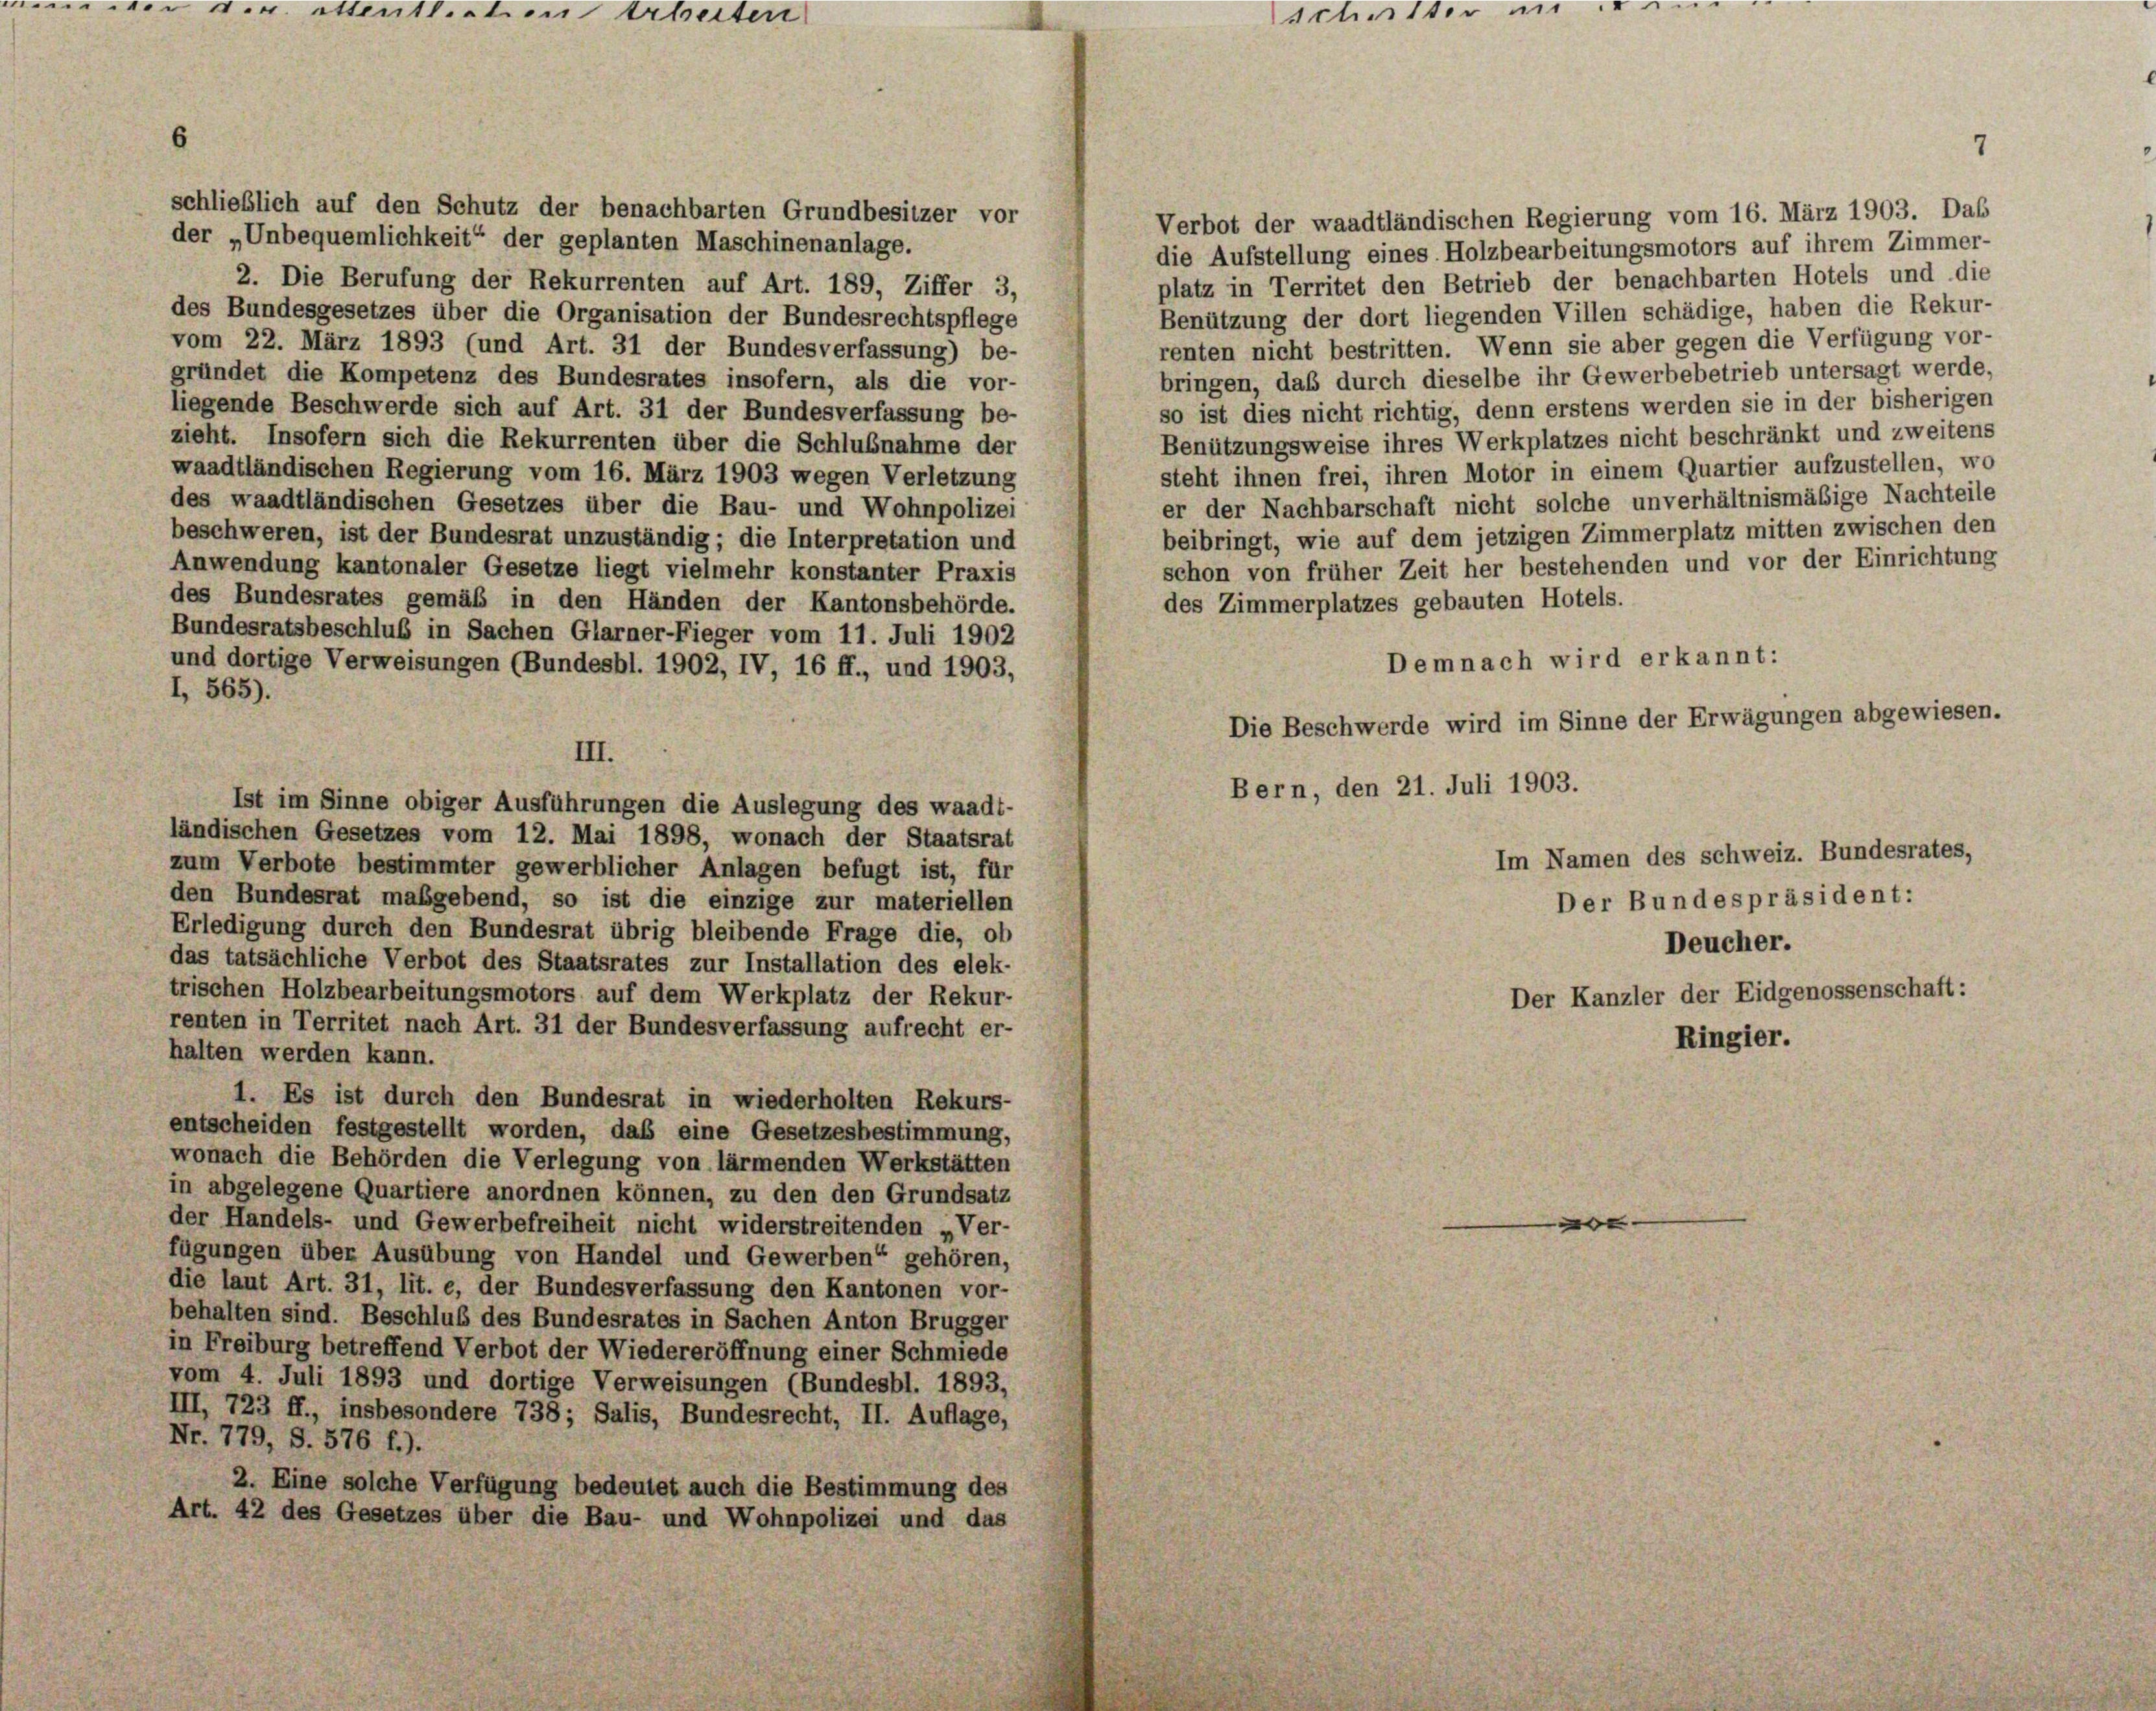
wer d. v. Ettentlichen Erweiten

schließlich auf den Schutz der benachbarten Grundbesitzer vor
Verbot der waadtländischen Regierung vom 16. März 1903. Das
der „Unbequemlichkeit“ der geplanten Maschinenanlage.
die Aufstellung eines Holzbearbeitungsmotors auf ihrem Zimmer-
platz in Territet den Betrieb der benachbarten Hotels und die
2. Die Berufung der Rekurrenten auf Art. 189, Ziffer 3,
Benützung der dort liegenden Villen schädige, haben die Rekur-
des Bundesgesetzes über die Organisation der Bundesrechtspflege
renten nicht bestritten. Wenn sie aber gegen die Verfügung vor-
vom 22. März 1893 (und Art. 31 der Bundesverfassung) be-
bringen, daß durch dieselbe ihr Gewerbebetrieb untersagt werde,
gründet die Kompetenz des Bundesrates insofern, als die vor-
so ist dies nicht richtig, denn erstens werden sie in der bisherigen
liegende Beschwerde sich auf Art. 31 der Bundesverfassung be-
Benützungsweise ihres Werkplatzes nicht beschränkt und zweitens
zieht. Insofern sich die Rekurrenten über die Schlußnahme der
steht ihnen frei, ihren Motor in einem Quartier aufzustellen, wo
waadtländischen Regierung vom 16. März 1903 wegen Verletzung
er der Nachbarschaft nicht solche unverhältnismäßige Nachteile
des waadtländischen Gesetzes über die Bau- und Wohnpolizei
beibringt, wie auf dem jetzigen Zimmerplatz mitten zwischen den
beschweren, ist der Bundesrat unzuständig; die Interpretation und
schon von früher Zeit her bestehenden und vor der Einrichtung
Anwendung kantonaler Gesetze liegt vielmehr konstanter Praxis
des Bundesrates gemäß in den Händen der Kantonsbehörde.
des Zimmerplatzes gebauten Hotels.
Bundesratsbeschluß in Sachen Glarner-Fieger vom 11. Juli 1902
Demnach wird erkannt:
und dortige Verweisungen (Bundesbl. 1902, IV, 16 ff., und 1903,
I, 565).
Die Beschwerde wird im Sinne der Erwägungen abgewiesen.
III.
Bern, den 21. Juli 1903.
Ist im Sinne obiger Ausführungen die Auslegung des waadt-
ländischen Gesetzes vom 12. Mai 1898, wonach der Staatsrat
Im Namen des schweiz. Bundesrates,
zum Verbote bestimmter gewerblicher Anlagen befugt ist, für
den Bundesrat maßgebend, so ist die einzige zur materiellen
Der Bundespräsident:
Erledigung durch den Bundesrat übrig bleibende Frage die, ob
Deucher.
das tatsächliche Verbot des Staatsrates zur Installation des elek-
trischen Holzbearbeitungsmotors auf dem Werkplatz der Rekur-
Der Kanzler der Eidgenossenschaft:
renten in Territet nach Art. 31 der Bundesverfassung aufrecht er-
Ringier.
halten werden kann.
1. Es ist durch den Bundesrat in wiederholten Rekurs-
entscheiden festgestellt worden, das eine Gesetzesbestimmung,
wonach die Behörden die Verlegung von lärmenden Werkstätten
in abgelegene Quartiere anordnen können, zu den den Grundsatz
der Handels- und Gewerbefreiheit nicht widerstreitenden „Ver-
|
fügungen über Ausübung von Handel und Gewerben“ gehören,
die laut Art. 31, lit. e, der Bundesverfassung den Kantonen vor-
behalten sind. Beschluß des Bundesrates in Sachen Anton Brugger
in Freiburg betreffend Verbot der Wiedereröffnung einer Schmiede
vom 4. Juli 1893 und dortige Verweisungen (Bundesbl. 1893,
III, 723 ff., insbesondere 738; Salis, Bundesrecht, II. Auflage,
Nr. 779, S. 576 f.).
2. Eine solche Verfügung bedeutet auch die Bestimmung des
Art. 42 des Gesetzes über die Bau- und Wohnpolizei und das

der in